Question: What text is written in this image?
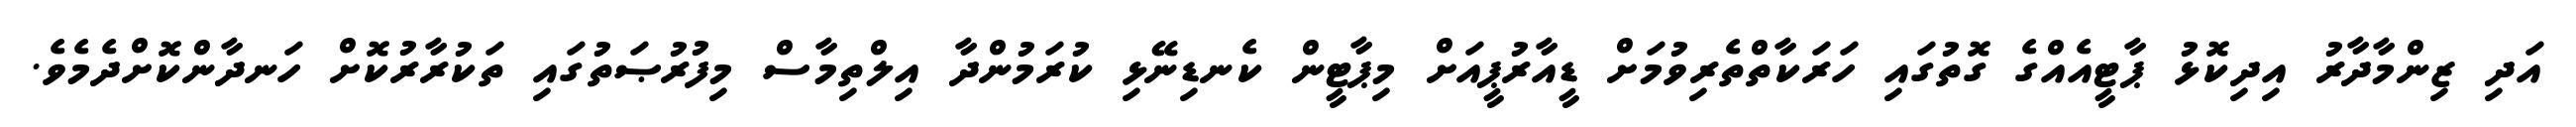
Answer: އަދި ޒިންމާދާރު އިދިކޮޅު ޕާޓީއެއްގެ ގޮތުގައި ހަރަކާތްތެރިވުމަށް ޑީއާރުޕީއަށް މިޕާޓީން ކެނޑިނޭޅި ކުރަމުންދާ އިލްތިމާސް މިފުރުޞަތުގައި ތަކުރާރުކޮށް ހަނދާންކޮށްދެމެވެ.